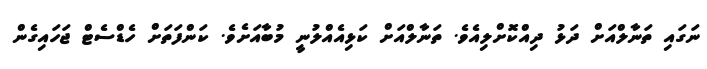
ނަގައި ތަނާލްއަށް ދަޅު ދިއްކޮށްލިއެވެ. ތަނާލްއަށް ކަޅިއެއްލުނީ މުބާއަށެވެ. ކަންފަތަށް ހެޑްސެޓް ޖަހައިގެން